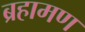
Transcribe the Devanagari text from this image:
ब्रहामण